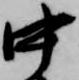
中